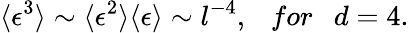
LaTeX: \langle\epsilon^{3}\rangle\sim\langle\epsilon^{2}\rangle\langle\epsilon\rangle\sim l^{-4},~~~for~~~d=4.